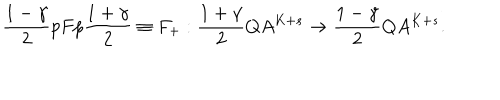
LaTeX: \frac { 1 - \gamma } { 2 } p F p \frac { 1 + \gamma } { 2 } \equiv F _ { + } : \frac { 1 + \gamma } { 2 } Q A ^ { K + s } \rightarrow \frac { 1 - \gamma } { 2 } Q A ^ { K + s } .